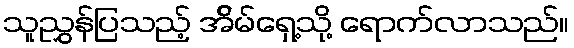
သူညွှန်ပြသည့် အ်ိမ်ရှေ့သို့ ရောက်လာသည်။